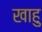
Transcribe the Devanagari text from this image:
खाहु